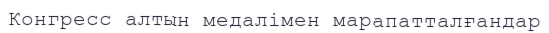
Конгресс алтын медалімен марапатталғандар